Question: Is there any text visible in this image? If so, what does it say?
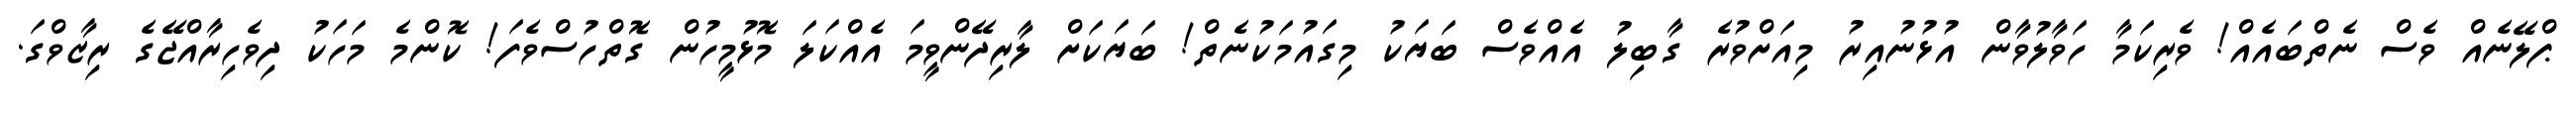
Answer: ޕްލޭނެއް ވެސް ނެތްބައެއް! ވެރިކަމާ ހަވާލުވާން އުޅުނުއިރު މިއަށްވުރެ ގާބިލު އެއްވެސް ބަޔަކު މިގައުމަކުނެތް! ބަޔަކަށް ލާރިދޭންވީމަ އެއްކަލަ މޮޅުމީހުން ގޮތްހުސްވެފަ! ކޮންމެ މަހަކު ދިވެހިރާއްޖޭގެ ރިޒާވްގަ.